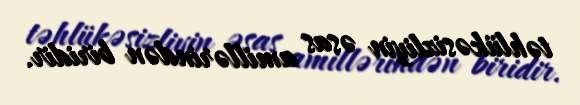
təhlükəsizliyin əsas amillərindən biridir.